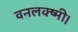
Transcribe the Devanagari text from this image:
वनलक्ष्मी।